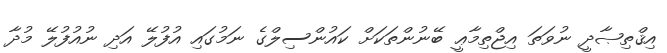
އިޤްތިޞާދީ ނުވަތަ އިޖްތިމާޢީ ބޭނުންތަކަށް ކައުންސިލްގެ ނަމުގައި އުފުލޭ އަދި ނުއުފުލޭ މުދާ